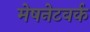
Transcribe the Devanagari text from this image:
मेषनेटवर्क